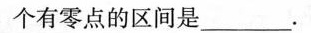
个有零点的区间是___.